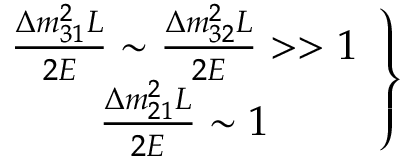
\left. \begin{array} { c } { { \frac { \Delta m _ { 3 1 } ^ { 2 } L } { 2 E } \sim \frac { \Delta m _ { 3 2 } ^ { 2 } L } { 2 E } > > 1 } } \\ { { \frac { \Delta m _ { 2 1 } ^ { 2 } L } { 2 E } \sim 1 } } \end{array} \right\}